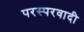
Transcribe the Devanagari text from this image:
परस्परवादी